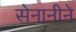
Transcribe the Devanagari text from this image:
सेनानीने